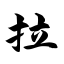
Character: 拉